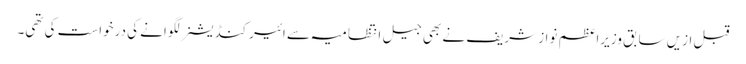
قبل ازیں سابق وزیراعظم نواز شریف نے بھی جیل انتظامیہ سے ائیرکنڈیشنر لگوانے کی درخواست کی تھی۔